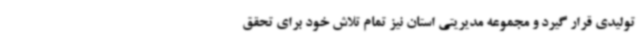
تولیدی قرار گیرد و مجموعه مدیریتی استان نیز تمام تلاش خود برای تحقق